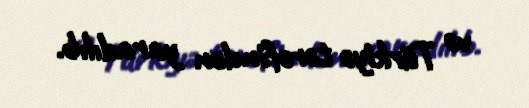
və Türkiyə tərəfindən yaradılıb.